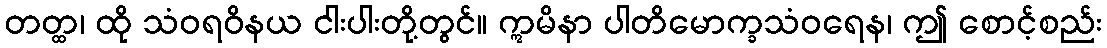
တတ္ထ၊ ထို သံဝရဝိနယ ငါးပါးတို့တွင်။ ဣမိနာ ပါတိမောက္ခသံဝရေန၊ ဤ စောင့်စည်း